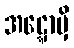
အဋ္ဋောမှိ